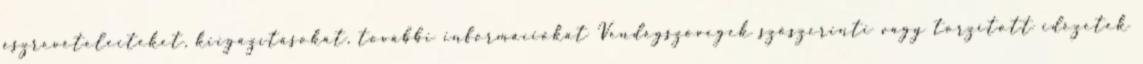
észrevételeiteket, kiigazításokat, további információkat Vendégszövegek szószerinti vagy torzított idézetek